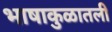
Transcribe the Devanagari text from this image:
भाषाकुळातली